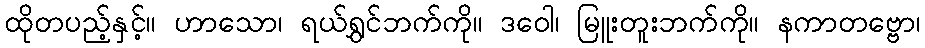
ထိုတပည့်နှင့်။ ဟာသော၊ ရယ်ရွှင်ဘက်ကို။ ဒဝေါ၊ မြူးတူးဘက်ကို။ နကာတဗ္ဗော၊